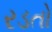
રડતો